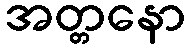
အတ္တနော